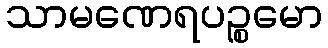
သာမဏေရပဉ္စမော